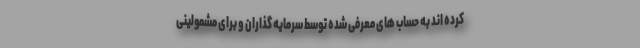
کرده اند به حساب های معرفی شده توسط سرمایه گذاران و برای مشمولینی